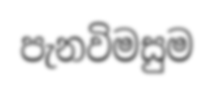
පැනවිමසුම